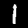
Digit: 1